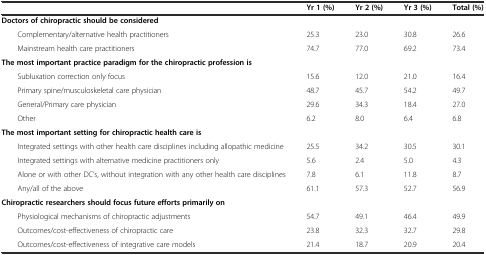
|  | Yr 1 (%) | Yr 2 (%) | Yr 3 (%) | Total (%) |
 | --- | --- | --- | --- | --- |
 | <COLSPAN=5> Doctors of chiropractic should be considered |
 | Complementary/alternative health practitioners | 25.3 | 23.0 | 30.8 | 26.6 |
 | Mainstream health care practitioners | 74.7 | 77.0 | 69.2 | 73.4 |
 | <COLSPAN=5> The most important practice paradigm for the chiropractic profession is |
 | Subluxation correction only focus | 15.6 | 12.0 | 21.0 | 16.4 |
 | Primary spine/musculoskeletal care physician | 48.7 | 45.7 | 54.2 | 49.7 |
 | General/Primary care physician | 29.6 | 34.3 | 18.4 | 27.0 |
 | Other | 6.2 | 8.0 | 6.4 | 6.8 |
 | <COLSPAN=5> The most important setting for chiropractic health care is |
 | Integrated settings with other health care disciplines including allopathic medicine | 25.5 | 34.2 | 30.5 | 30.1 |
 | Integrated settings with alternative medicine practitioners only | 5.6 | 2.4 | 5.0 | 4.3 |
 | Alone or with other DC’s, without integration with any other health care disciplines | 7.8 | 6.1 | 11.8 | 8.7 |
 | Any/all of the above | 61.1 | 57.3 | 52.7 | 56.9 |
 | <COLSPAN=5> Chiropractic researchers should focus future efforts primarily on |
 | Physiological mechanisms of chiropractic adjustments | 54.7 | 49.1 | 46.4 | 49.9 |
 | Outcomes/cost-effectiveness of chiropractic care | 23.8 | 32.3 | 32.7 | 29.8 |
 | Outcomes/cost-effectiveness of integrative care models | 21.4 | 18.7 | 20.9 | 20.4 |